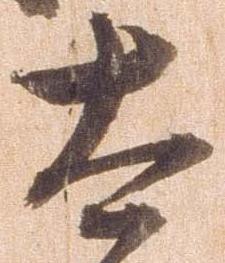
太